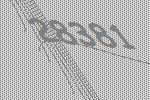
28381